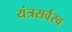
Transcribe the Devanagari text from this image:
यंत्रसर्वस्व